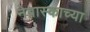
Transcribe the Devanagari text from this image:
नेब्रास्काच्या